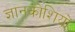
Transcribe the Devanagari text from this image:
ज्ञानकोशियों